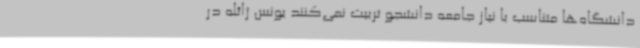
دانشگاه‌ها متناسب با نیاز جامعه دانشجو تربیت نمی‌کنند یونس ژائله در